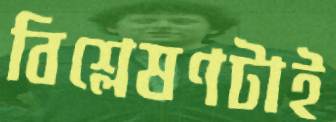
বিশ্লেষণটাই